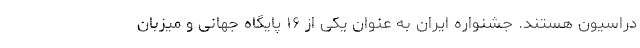
دراسیون هستند. جشنواره ایران به عنوان یکی از ۱۶ پایگاه جهانی و میزبان